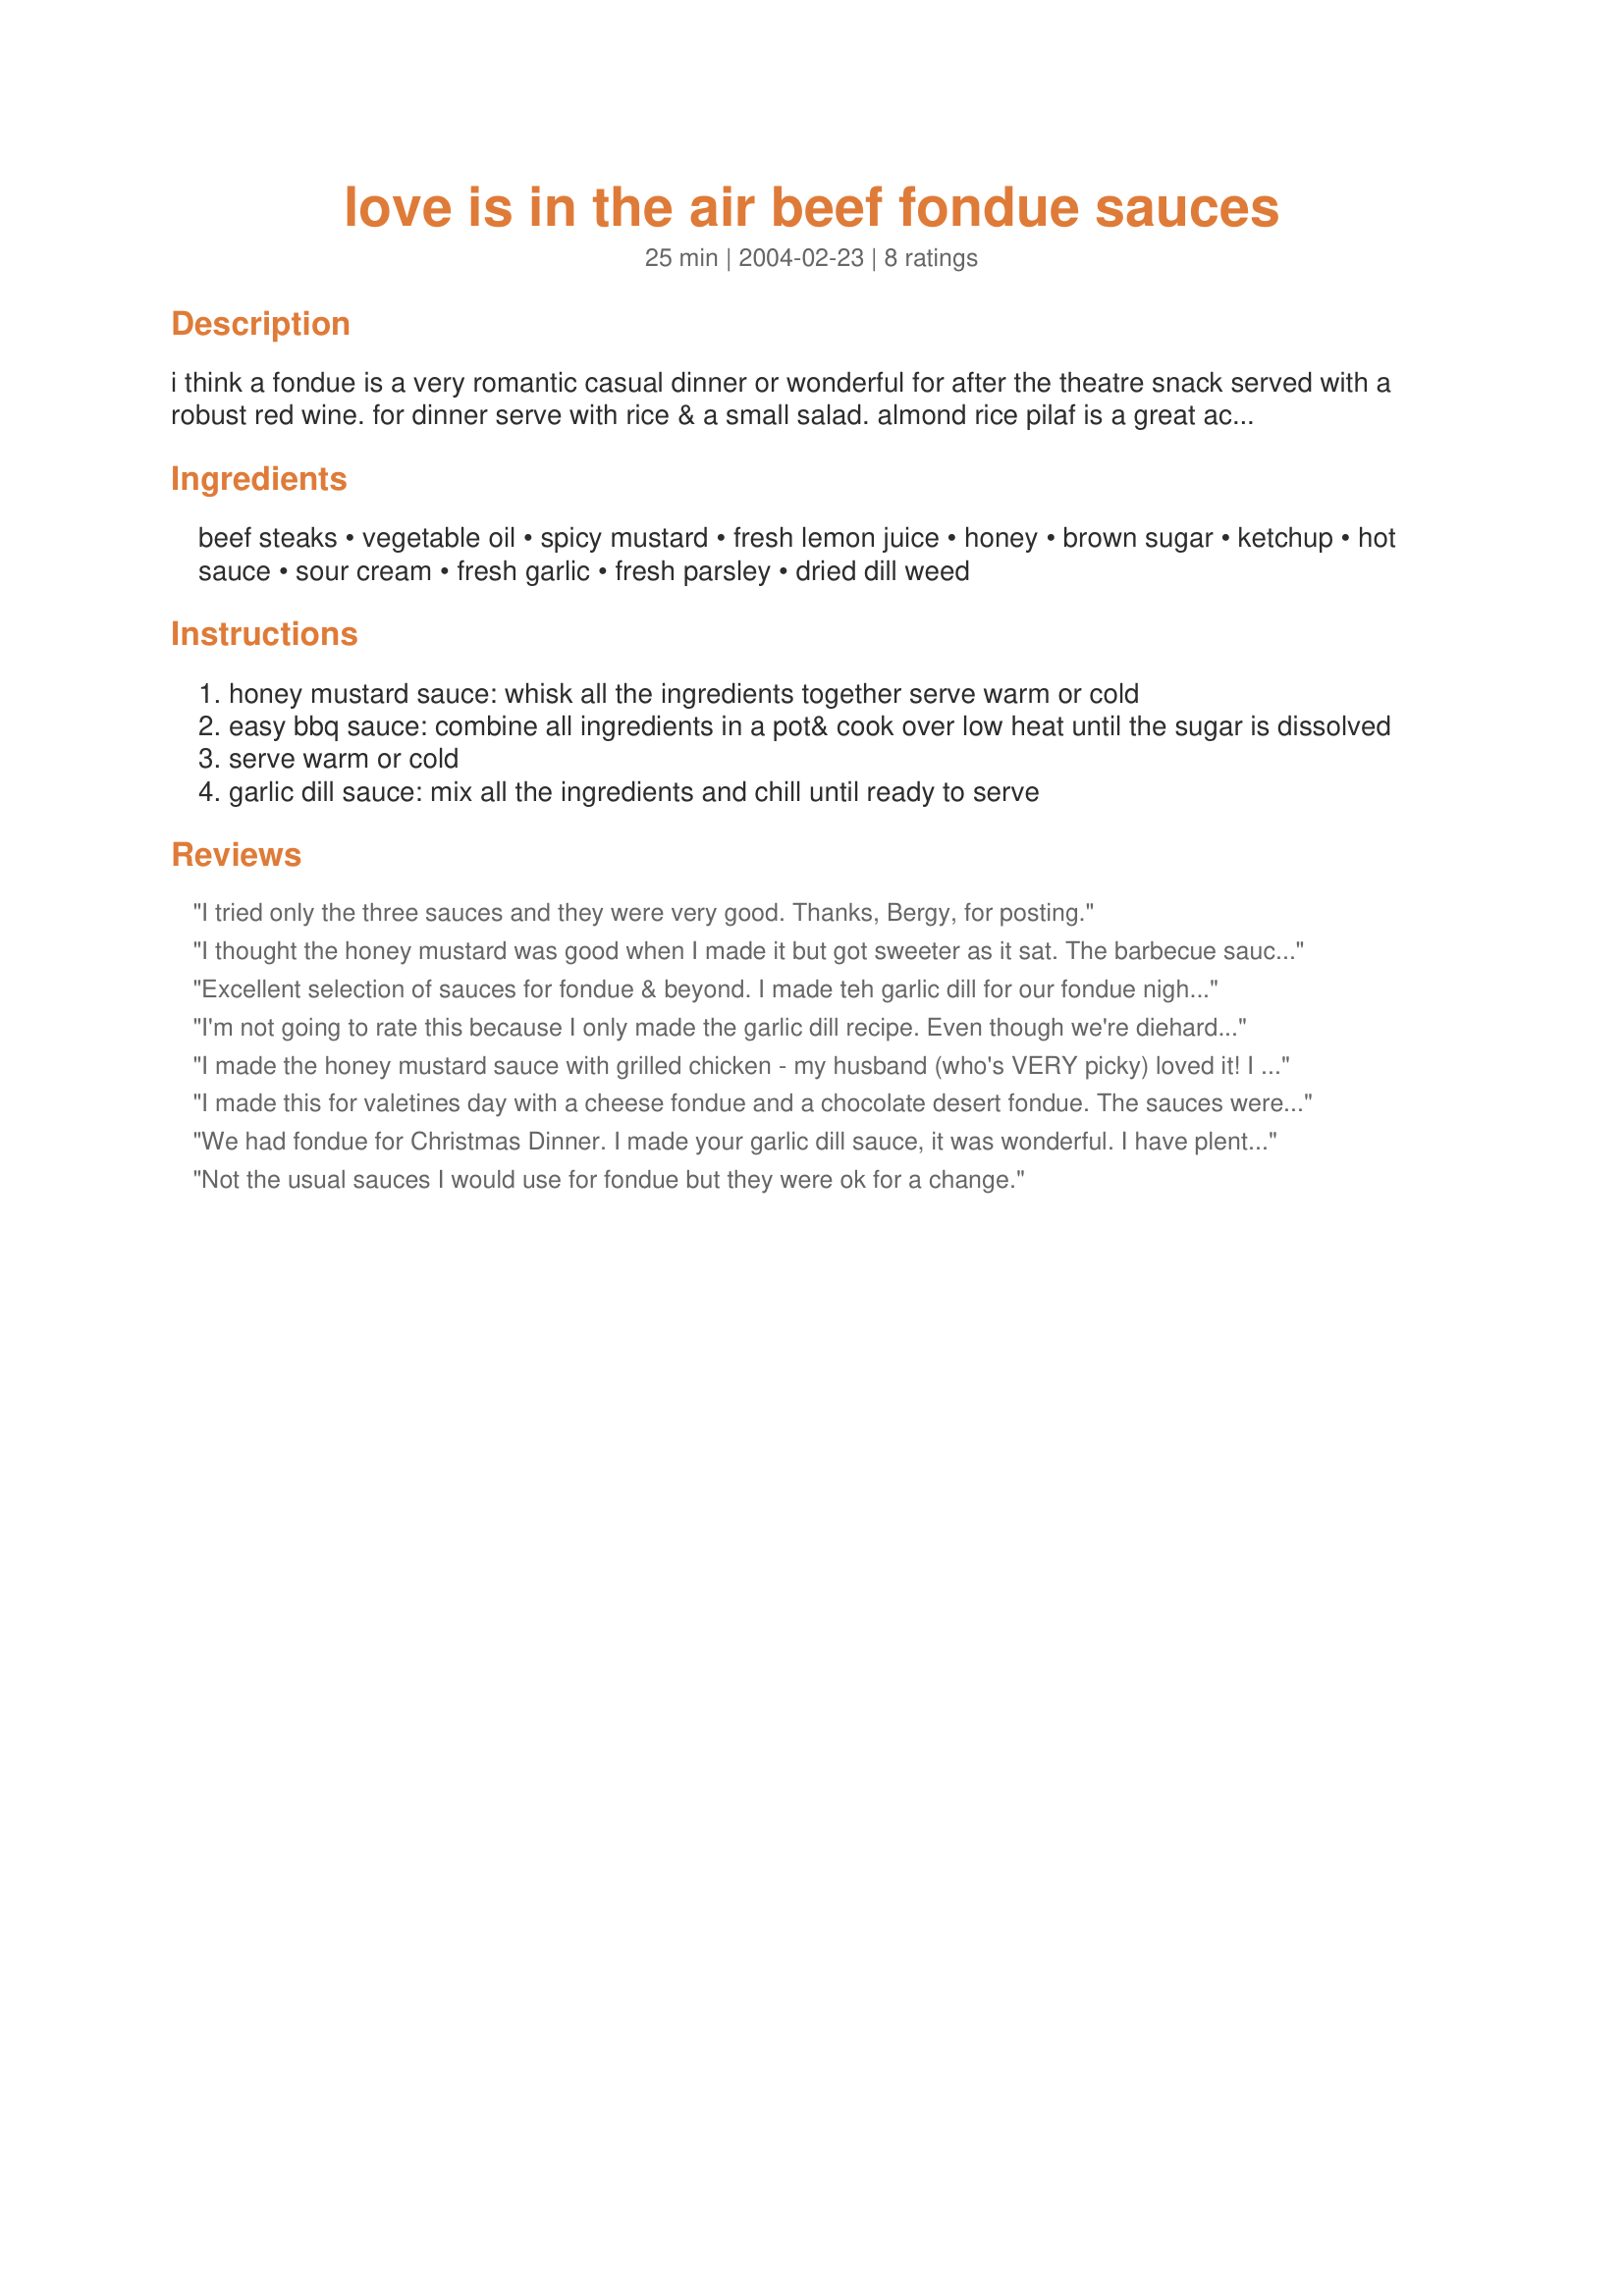
love is in the air beef fondue sauces
Preparation time: 25 minutes

i think a fondue is a very romantic casual dinner or wonderful for after the theatre snack served with a robust red wine. for dinner serve with rice & a small salad. almond rice pilaf is a great accompaniment (recipe posted separately ) to cook the meat you must first heat your oil - i do this by heating it to almost boiling on the stove and then transfering it to your fondue burner. buy good quality meat i recommend only using a fillet. have at least 3 sauces. if you want to serve 4-6 people just increase the meat to 2 lbs there will be enough sauce.these sauce recipes came from

Ingredients:
beef steaks, vegetable oil, spicy mustard, fresh lemon juice, honey, brown sugar, ketchup, hot sauce, sour cream, fresh garlic, fresh parsley, dried dill weed

Steps:
honey mustard sauce: whisk all the ingredients together serve warm or cold
easy bbq sauce: combine all ingredients in a pot& cook over low heat until the sugar is dissolved
serve warm or cold
garlic dill sauce: mix all the ingredients and chill until ready to serve

Reviews:
I tried only the three sauces and they were very good. Thanks, Bergy, for posting.
I thought the honey mustard was good when I made it but got sweeter as it sat. The barbecue sauce was really good, I added about twice as much lemon juice and lots of hot sauce. The garlic dill sauce was in need of lots of salt, especially on meat that was unsalted. I think next time I'll salt my meat after I cut it into chunks and skip the honey mustard sauce and just use the hot mustard.
Excellent selection of sauces for fondue & beyond. I made teh garlic dill for our fondue night & the honey mustard just to try it. I liked the dill w/our salmon & chicken. I plan halve it in the future as a little extra to go with some grilled or broiled fish. The honey mustard was just a little 'more' than the bottled stuff - def. worth the small effort involved. I plan to make it again for chicken strips.
I'm not going to rate this because I only made the garlic dill recipe. Even though we're diehard garlic lovers, I would have to cut WAY back on the fresh garlic to enjoy this sauce. Certainly a lot of potential here, but I'll ease up next time to maybe 1/2 teaspoon. Also I used dried dill and should have used fresh. I'm saving this to try the other sauces as well. Thank you, Bergy.
I made the honey mustard sauce with grilled chicken - my husband (who's VERY picky) loved it! I did double the amount of honey that I used
I made this for valetines day with a cheese fondue and a chocolate desert fondue. The sauces were very good. I really liked the garlic dill and my husbands favorite was the honey mustard. Very good. Thanks!!
We had fondue for Christmas Dinner. I made your garlic dill sauce, it was wonderful. I have plenty leftover, but I think it would be great with chips!
Not the usual sauces I would use for fondue but they were ok for a change.
